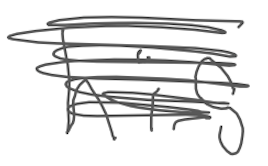
Text: his
Cross-out: scratch
Writing tool: digital_gray